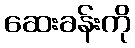
ဆေးခန်းကို